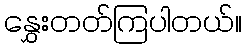
နွှေးတတ်ကြပါတယ်။